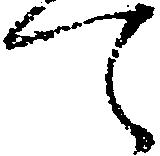
て